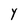
Character: Y